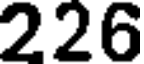
226